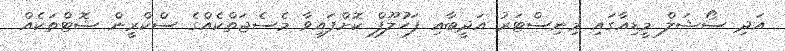
އަދި ސޯޝަލް މީޑިއާގައި މިނިސްޓަރު އަދީބާއި ފަހުލޫފް ކޮށްފައިވާ މެސެޖަތްކެއްގެ ސްކްރީން ޝޮޓްތަކެއް